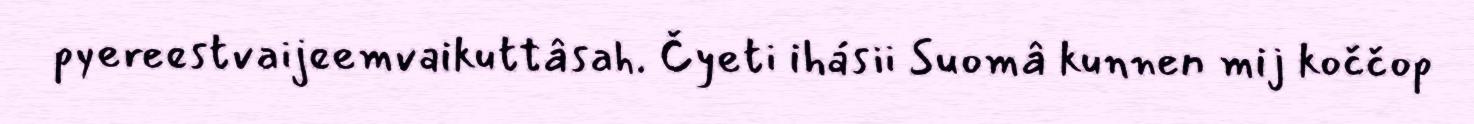
pyereestvaijeemvaikuttâsah. Čyeti ihásii Suomâ kunnen mij koččop